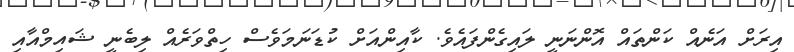
އިރަށް އަނެއް ކަންތައް އޮންނަނީ ލައިގެންފައެވެ. ކާއިންއަށް ކުޑަނަމަވެސް ހިތްވަރެއް ލިބެނީ ޝައިމްއާއި